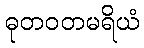
ဓုတဝတမရိယံ